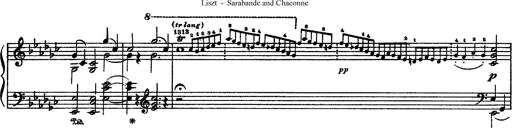
Title: Sarabande und Chaconne aus dem Singspiel
Composer: Franz Liszt